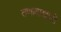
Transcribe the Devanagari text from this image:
तणावाखाली